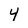
Character: 4